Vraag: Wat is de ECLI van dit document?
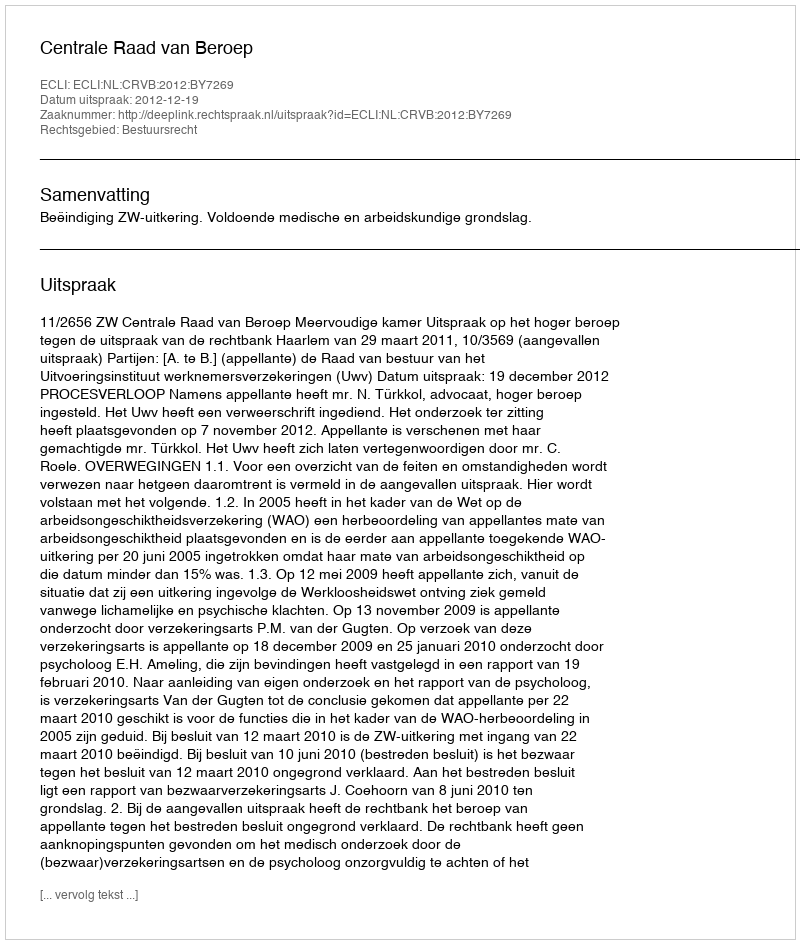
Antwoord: ECLI:NL:CRVB:2012:BY7269